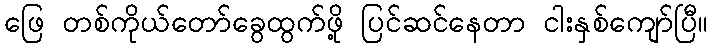
ဖြေ တစ်ကိုယ်တော်ခွေထွက်ဖို့ ပြင်ဆင်နေတာ ငါးနှစ်ကျော်ပြီ။